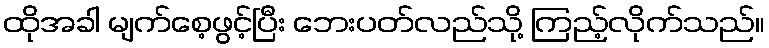
ထိုအခါ မျက်စေ့ဖွင့်ပြီး ဘေးပတ်လည်သို့ ကြည့်လိုက်သည်။